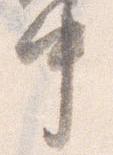
中